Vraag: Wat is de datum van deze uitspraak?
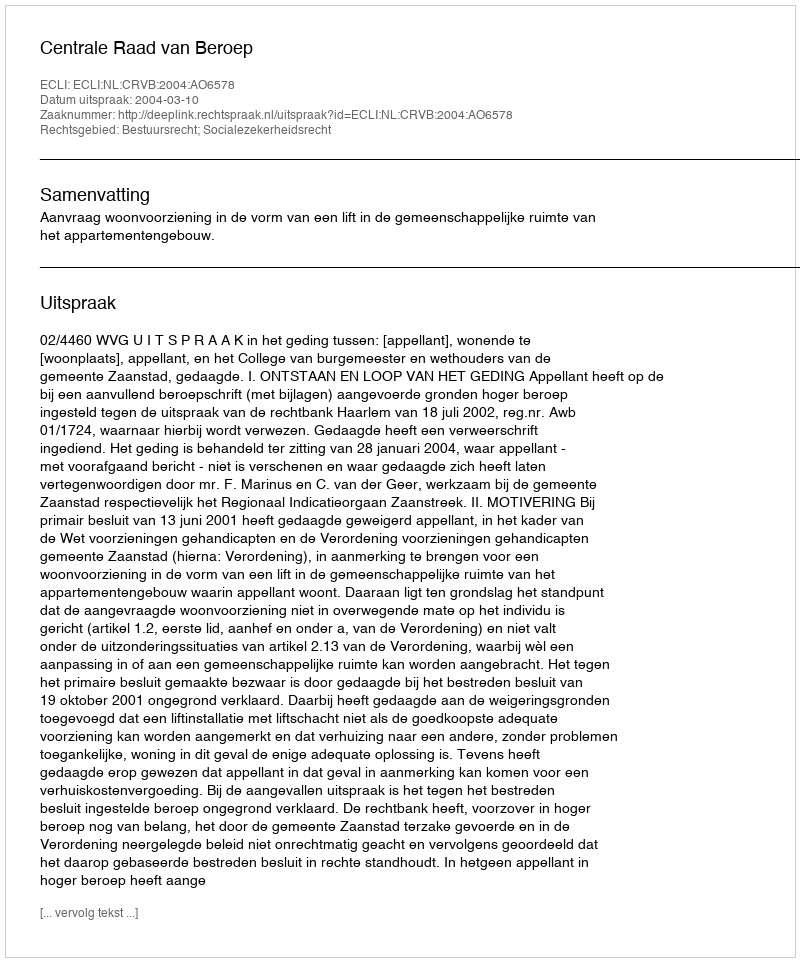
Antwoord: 2004-03-10